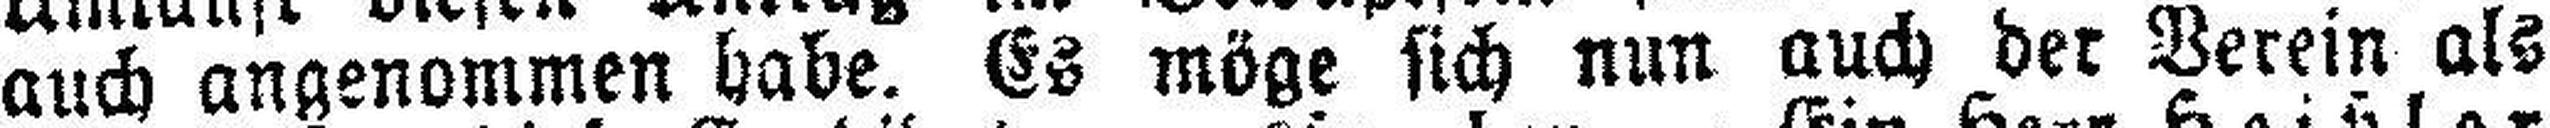
auch angenommen habe. Es möge sich nun auch der Verein als